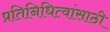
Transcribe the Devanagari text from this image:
प्रतिनिधित्वांसाठी